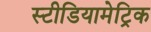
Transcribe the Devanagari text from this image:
स्टीडियामेट्रिक